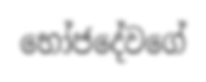
භෝජදේවගේ